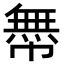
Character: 𢅊